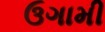
ઉગામી